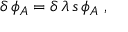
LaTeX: \delta \, \phi _ { A } = \delta \, \lambda \, s \, \phi _ { A } \; ,